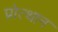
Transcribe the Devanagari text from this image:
प्रोत्थान